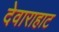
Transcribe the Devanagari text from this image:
देवाराहाट